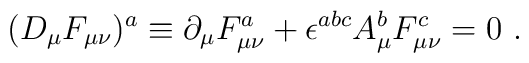
(D_\mu F_{\mu \nu})^a \equiv \partial_\mu F_{\mu \nu}^a +\epsilon^{abc}A_{\mu}^{b}F_{\mu \nu}^c = 0 \ .